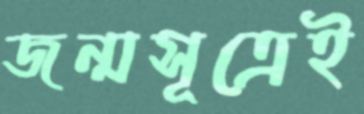
জন্মসূত্রেই